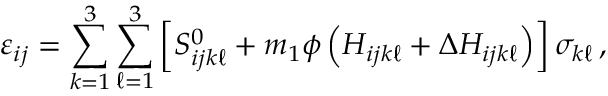
\varepsilon _ { i j } = \sum _ { k = 1 } ^ { 3 } \sum _ { \ell = 1 } ^ { 3 } \left[ S _ { i j k \ell } ^ { 0 } + m _ { 1 } \phi \left( H _ { i j k \ell } + \Delta H _ { i j k \ell } \right) \right] \sigma _ { k \ell } \, ,